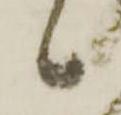
候